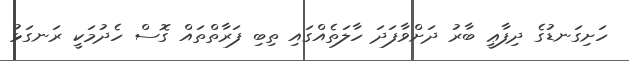
ހަށިގަނޑުގެ ދިފާޢީ ބާރު ދަށްވާފަދަ ހާލަތެއްގައި ތިބި ފަރާތްތައް ގޮސް ހެދުމަކީ ރަނގަޅު